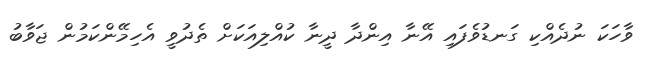
ވާހަކަ ނުދެއްކި ގަނޑުވެފައި އޭނާ އިންދާ ދީނާ ކުއްލިއަކަށް ތެދުވީ އެހިމޭންކަމުން ޖަވާބު